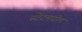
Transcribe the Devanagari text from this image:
स्टेटमधील